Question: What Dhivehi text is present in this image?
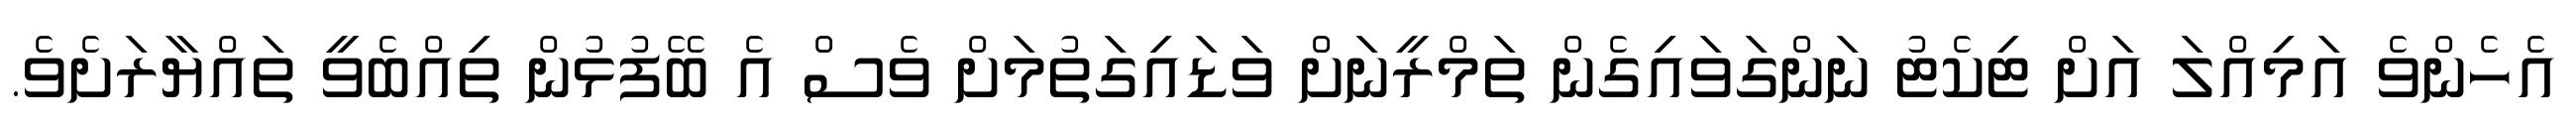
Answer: އެހެންވެ އަމިއްލަ އަށް ޓިކެޓު ނަންގަވައިގެން ތަމްރީނަށް ވަޑައިގަތުމަށް ވެސް އެ ބޭފުޅުން ތިއްބެވީ ތައްޔާރަށެވެ.